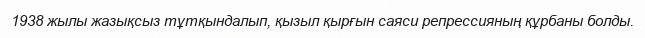
1938 жылы жазықсыз тұтқындалып, қызыл қырғын саяси репрессияның құрбаны болды.